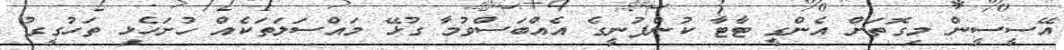
އޭސީސީން މިގޮތަށް އެންގީ ޓާޓާ ކުންފުނީގެ އެއްބަސްވުމާ ގުޅޭ މައްސަލަތަކެއް ހުށަހެޅި ތަހުގީގު